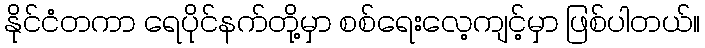
နိုင်ငံတကာ ရေပိုင်နက်တို့မှာ စစ်ရေးလေ့ကျင့်မှာ ဖြစ်ပါတယ်။